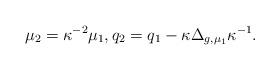
LaTeX: \begin{align*} \mu_2 = \kappa^{-2} \mu_1, q_2 = q_1 - \kappa \Delta_{g, \mu_1} \kappa^{-1}.\end{align*}